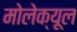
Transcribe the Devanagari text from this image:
मोलेक्यूल